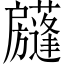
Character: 𢩣